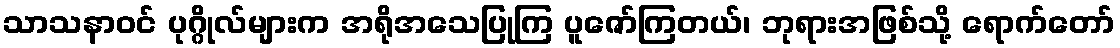
သာသနာဝင် ပုဂ္ဂိုလ်များက အရိုအသေပြုကြ ပူဇော်ကြတယ်၊ ဘုရားအဖြစ်သို့ ရောက်တော်